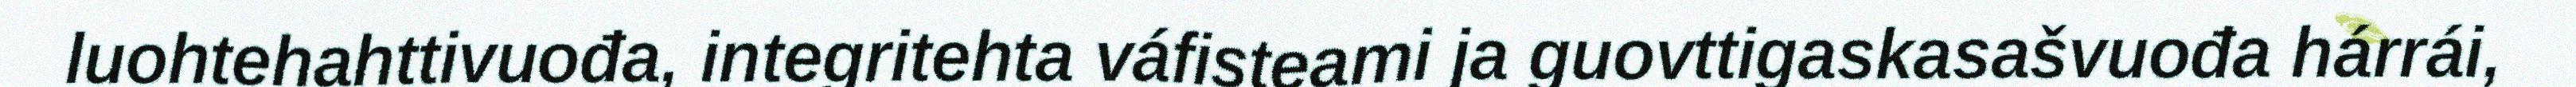
luohtehahttivuođa, integritehta váfisteami ja guovttigaskasašvuođa hárrái,